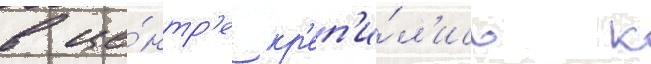
в це́нтр'е кр'еп'и́л'ись к